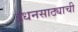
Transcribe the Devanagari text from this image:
इंधनसाठ्याची